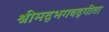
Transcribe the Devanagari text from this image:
श्रीमद्‌भगवद्‍गीता